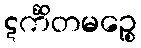
ဋင်္ကိတမဉ္စေ